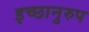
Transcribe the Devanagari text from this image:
इच्छानुरुप